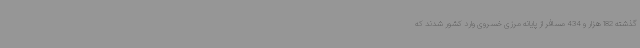
گذشته 182 هزار و 434 مسافر از پایانه مرزی خسروی وارد کشور شدند که